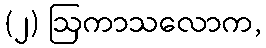
(၂) ဩကာသလောက,